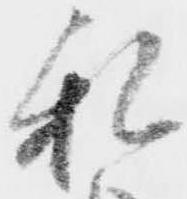
私